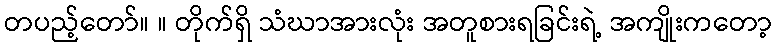
တပည့်တော်။ ။ တိုက်ရှိ သံဃာအားလုံး အတူစားရခြင်းရဲ့ အကျိုးကတော့